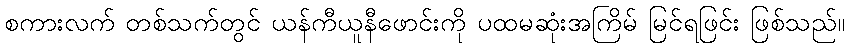
စကားလက် တစ်သက်တွင် ယန်ကီယူနီဖောင်းကို ပထမဆုံးအကြိမ် မြင်ရဖြင်း ဖြစ်သည်။